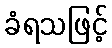
ခံရသဖြင့်